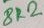
Text: 8K2